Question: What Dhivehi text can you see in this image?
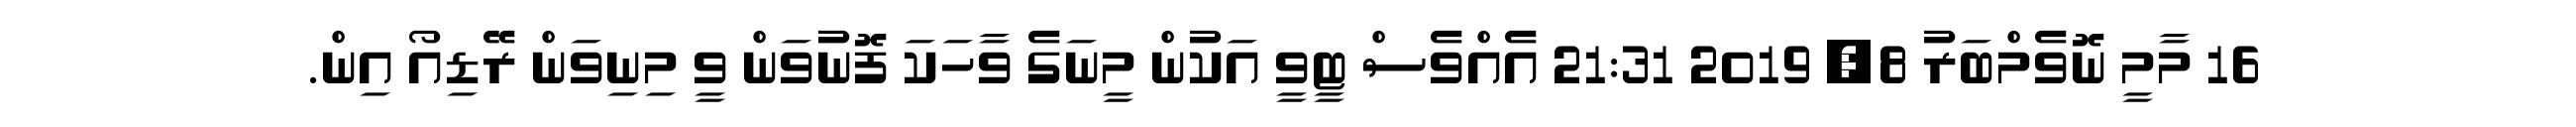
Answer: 16 މާމީ ނޮވެމްބަރު 8, 2019 21:31 އެއްވެސް ޓީވީ އަކުން މީނަގެ ވާހަކަ ފޮނުވަން ވީ މިނިވަން ރޭޑިއޯ އިން.